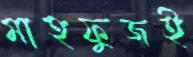
মাহফুজই